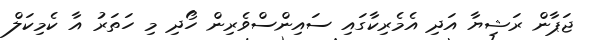
ޖަޕާން ރަޝިޔާ އަދި އެމެރިކާގައި ސައިންސްވެރިން ހޯދި މި ހަތަރު އާ ކެމިކަލް